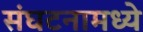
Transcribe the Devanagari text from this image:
संघटनामध्ये